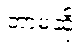
ဘာမဆို